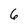
Character: 6